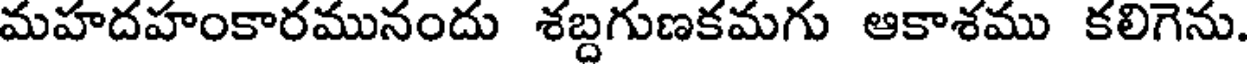
మహదహంకారమునందు శబ్దగుణకమగు ఆకాశము కలిగెను.